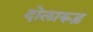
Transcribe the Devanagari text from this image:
दोलारूढ़